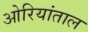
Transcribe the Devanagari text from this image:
ओरियांताल